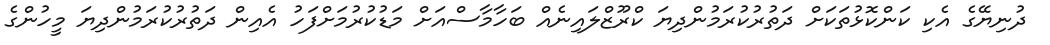
ދުނިޔޭގެ އެކި ކަންކޮޅުތަކަށް ދަތުރުކުރަމުންދިޔަ ކްރޫޒްލައިނެއް ބަހާމާސްއަށް މަޑުކުރުމަށްފަހު އެއިން ދަތުރުކުރަމުންދިޔަ މީހުންގެ